画像に写った文字を読んでください
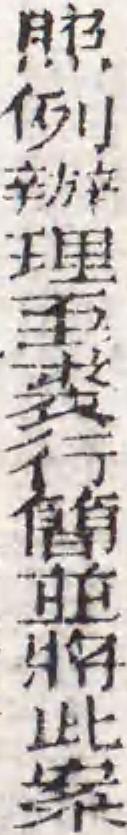
「照例辦理至裘行簡並將此案」と書いてあります